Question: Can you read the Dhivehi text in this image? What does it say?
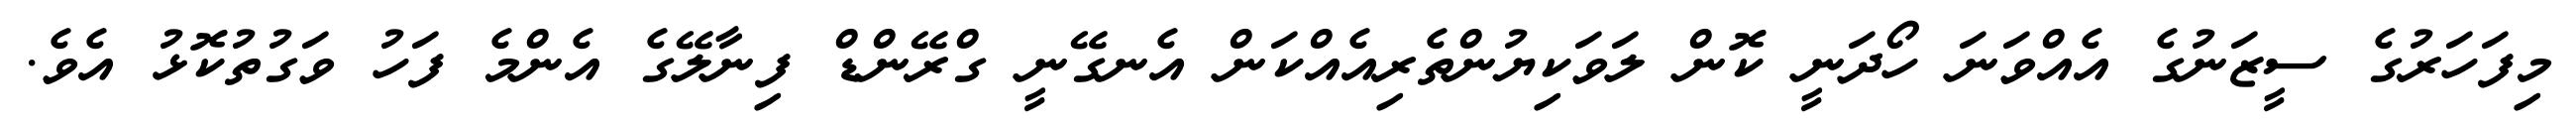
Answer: މިފަހަރުގެ ސީޒަނުގެ އެއްވަނަ ހޯދަނީ ކޮން ލަވަކިޔުންތެރިއެއްކަން އެނގޭނީ ގްރޭންޑް ފިނާލޭގެ އެންމެ ފަހު ވަގުތުކޮޅު އެވެ.